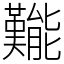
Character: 㔮